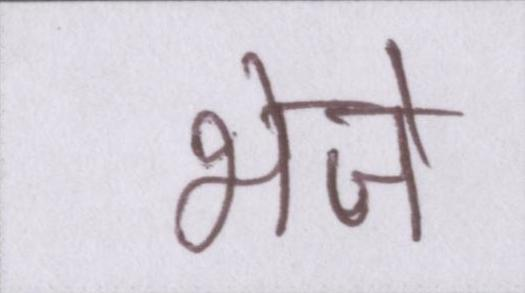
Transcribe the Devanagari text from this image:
भेजे